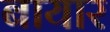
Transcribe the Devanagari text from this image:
बायार